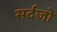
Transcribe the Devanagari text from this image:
सर्दजो